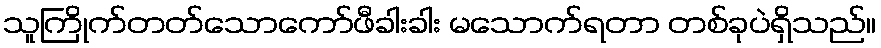
သူကြိုက်တတ်သောကော်ဖီခါးခါး မသောက်ရတာ တစ်ခုပဲရှိသည်။